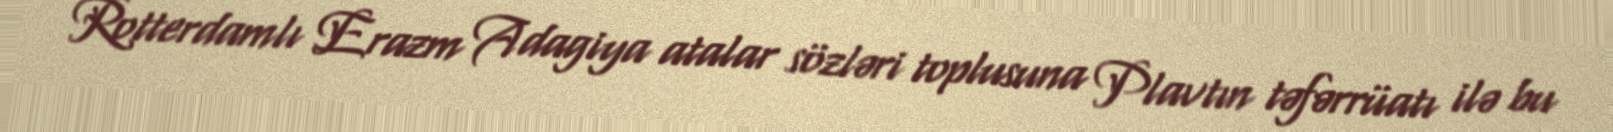
Rotterdamlı Erazm Adagiya atalar sözləri toplusuna Plavtın təfərrüatı ilə bu